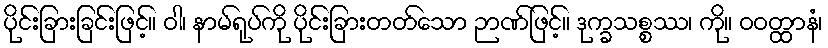
ပိုင်းခြားခြင်းဖြင့်။ ဝါ၊ နာမ်ရုပ်ကို ပိုင်းခြားတတ်သော ဉာဏ်ဖြင့်။ ဒုက္ခသစ္စဿ၊ ကို။ ဝဝတ္ထာနံ၊